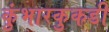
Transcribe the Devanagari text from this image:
कुंभारकुकडी